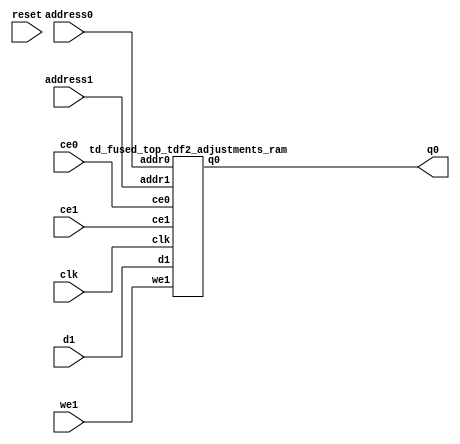
`define EXPONENT 5
`define MANTISSA 10
`define ACTUAL_MANTISSA 11
`define EXPONENT_LSB 10
`define EXPONENT_MSB 14
`define MANTISSA_LSB 0
`define MANTISSA_MSB 9
`define MANTISSA_MUL_SPLIT_LSB 3
`define MANTISSA_MUL_SPLIT_MSB 9
`define SIGN 1
`define SIGN_LOC 15
`define DWIDTH (`SIGN+`EXPONENT+`MANTISSA)
`define IEEE_COMPLIANCE 1

module td_fused_top_tdf2_adjustments(
    reset,
    clk,
    address0,
    ce0,
    q0,
    address1,
    ce1,
    we1,
    d1);

parameter DataWidth = 32'd48;
parameter AddressRange = 32'd32;
parameter AddressWidth = 32'd5;
input reset;
input clk;
input[AddressWidth - 1:0] address0;
input ce0;
output[DataWidth - 1:0] q0;
input[AddressWidth - 1:0] address1;
input ce1;
input we1;
input[DataWidth - 1:0] d1;



td_fused_top_tdf2_adjustments_ram td_fused_top_tdf2_adjustments_ram_U(
    .clk( clk ),
    .addr0( address0 ),
    .ce0( ce0 ),
    .q0( q0 ),
    .addr1( address1 ),
    .ce1( ce1 ),
    .we1( we1 ),
    .d1( d1 )
);

endmodule
module td_fused_top_tdf2_adjustments_ram (addr0, ce0, q0, addr1, ce1, d1, we1,  clk);

parameter DWIDTH = 48;
parameter AWIDTH = 5;
parameter MEM_SIZE = 32;

input[AWIDTH-1:0] addr0;
input ce0;
output wire[DWIDTH-1:0] q0;
input[AWIDTH-1:0] addr1;
input ce1;
input[DWIDTH-1:0] d1;
input we1;
input clk;

 reg [DWIDTH-1:0] ram[MEM_SIZE-1:0];
wire [AWIDTH-1:0] addr0_t0; 
reg [AWIDTH-1:0] addr0_t1; 
reg [DWIDTH-1:0] q0_t0;
reg [DWIDTH-1:0] q0_t1;
wire [AWIDTH-1:0] addr1_t0; 
reg [AWIDTH-1:0] addr1_t1; 
wire [DWIDTH-1:0] d1_t0; 
wire we1_t0; 
reg [DWIDTH-1:0] d1_t1; 
reg we1_t1; 


assign addr0_t0 = addr0;
assign q0 = q0_t1;
assign addr1_t0 = addr1;
assign d1_t0 = d1;
assign we1_t0 = we1;

always @(posedge clk)  
begin
    if (ce0) 
    begin
        addr0_t1 <= addr0_t0; 
        q0_t1 <= q0_t0;
    end
    if (ce1) 
    begin
        addr1_t1 <= addr1_t0; 
        d1_t1 <= d1_t0;
        we1_t1 <= we1_t0;
    end
end


always @(posedge clk)  
begin 
    if (ce0) begin
        q0_t0 <= ram[addr0_t1];
    end
end


always @(posedge clk)  
begin 
    if (ce1) begin
        if (we1_t1) 
            ram[addr1_t1] <= d1_t1; 
    end
end


endmodule